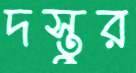
দস্তুর